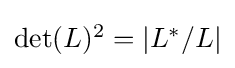
{\textstyle {\text{det}}(L)^{2}=|L^{*}/L|}